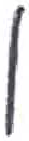
אות: ן